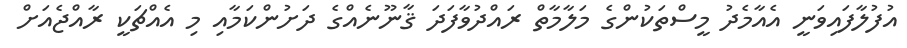
އުފުލާފައިވަނީ އެއާމެދު މީސްތަކުންގެ މަލާމާތް ރައްދުވާފަދަ ޤާނޫނެއްގެ ދަށުންކަމާއި މި އެއްޗަކީ ރާއްޖެއަށް